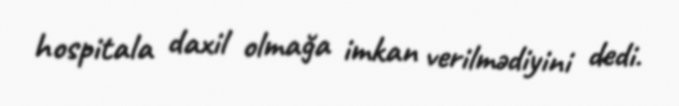
hospitala daxil olmağa imkan verilmədiyini dedi.